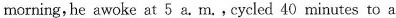
morning, he awoke at 5 a. M.,cycled 40 minutes to a